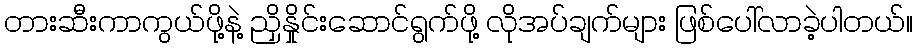
တားဆီးကာကွယ်ဖို့နဲ့ ညှိနှိုင်းဆောင်ရွက်ဖို့ လိုအပ်ချက်များ ဖြစ်ပေါ်လာခဲ့ပါတယ်။